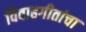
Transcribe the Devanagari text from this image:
विवाहगीतांचा